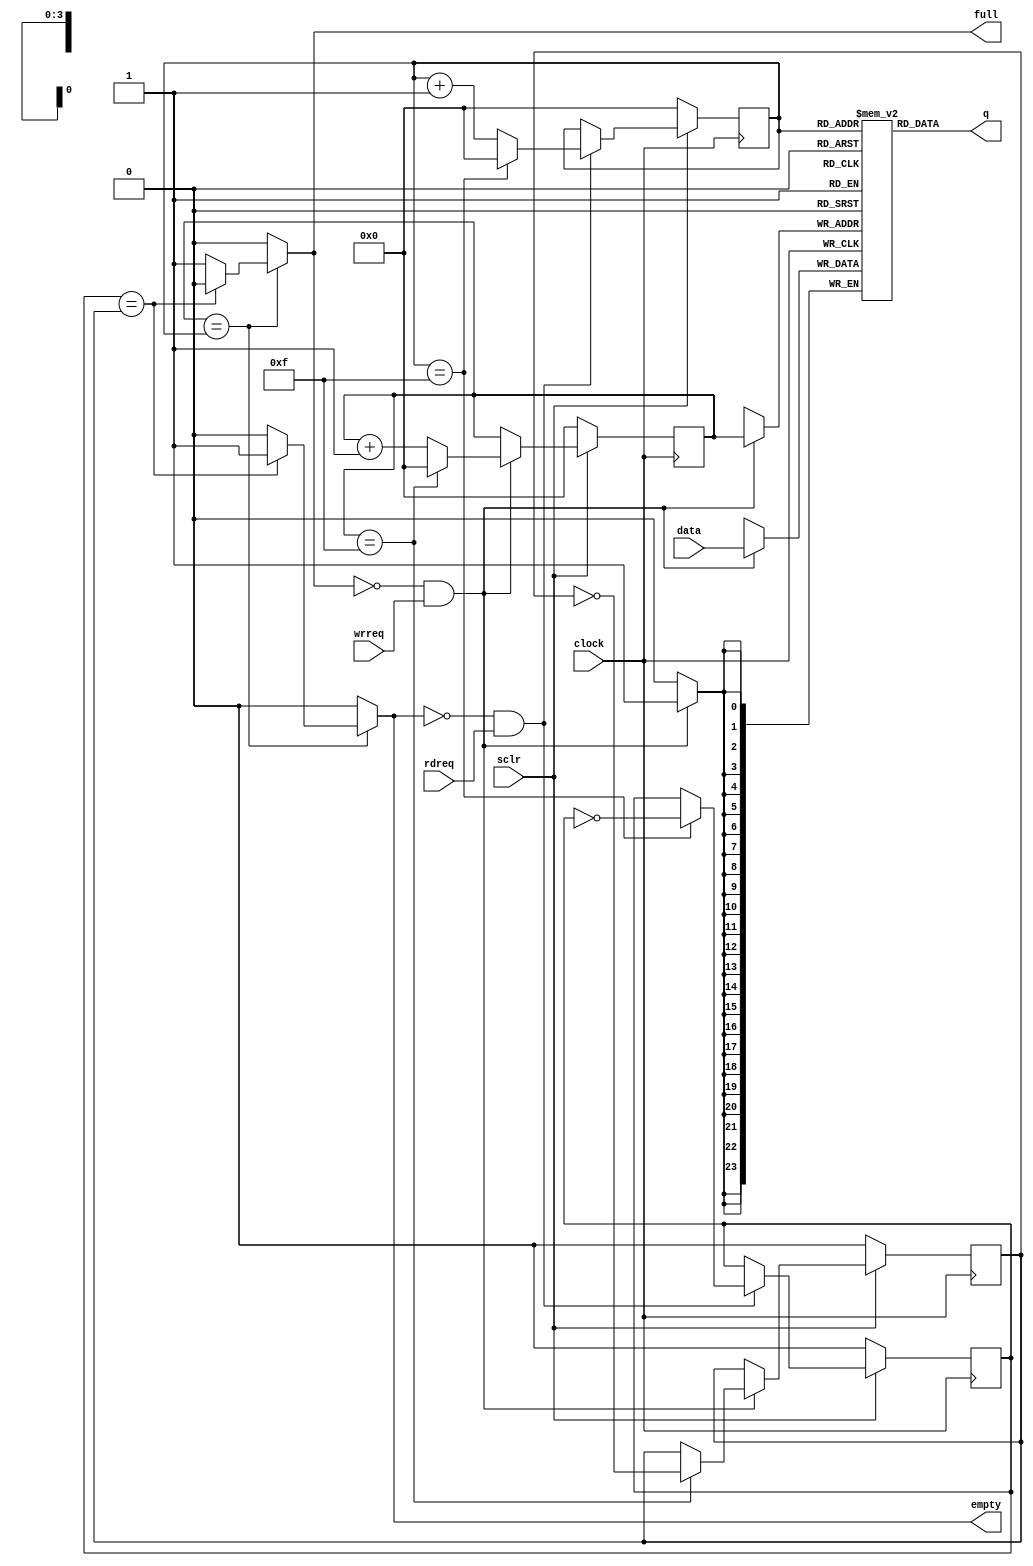
module FIFO #(
	parameter DW = 24,
	parameter DEP= 16
	)(
    input clock,
    input sclr,

    input rdreq, wrreq,
    output reg full, empty,

    input [DW - 1 : 0] data,
    output [DW - 1 : 0] q

);

reg [DW - 1 : 0] mem [DEP-1 : 0];
reg [3 : 0] wp, rp;
reg w_flag, r_flag;

initial
begin
wp=0;
w_flag=0;
rp=0;
r_flag=0;
end


always @(posedge clock) begin
    if (~sclr) begin
        wp <= 0;
        w_flag <= 0;
    end else if(!full && wrreq) begin 
        wp<= (wp==DEP-1) ? 0 : wp+1;
        w_flag <= (wp==DEP-1) ? ~w_flag : w_flag;
    end
end

always @(posedge clock) begin
    if(wrreq && !full)begin
        mem[wp] <= data;
    end
end

always @(posedge clock) begin
    if (~sclr) begin
        rp<=0;
        r_flag <= 0;
    end else if(!empty && rdreq) begin 
        rp<= (rp==DEP-1) ? 0 : rp+1;
        r_flag <= (rp==DEP-1) ? ~r_flag : r_flag;
    end
end

assign q = mem[rp];

always @(*) begin
    if(wp==rp)begin
        if(r_flag==w_flag)begin
            full <= 0;
            empty <= 1;
        end else begin
            full <= 1;
            empty <= 0;
        end
    end else begin
        full <= 0;
        empty <= 0;
    end
end



endmodule